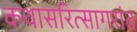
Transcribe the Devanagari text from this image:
कथासरित्सागरांत